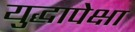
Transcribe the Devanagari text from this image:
युद्धापेक्षा